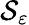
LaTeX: \mathcal{S}_{\varepsilon}